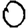
Digit: 0